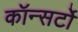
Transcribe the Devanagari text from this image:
कॉन्सर्टो